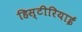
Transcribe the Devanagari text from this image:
हिस्टीरियाई